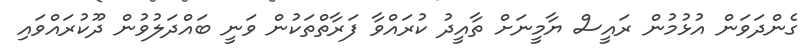
ގެންދަވަން އުޅުމުން ރައީސް ޔާމީނަށް ތާއީދު ކުރައްވާ ފަރާތްތަކުން ވަނީ ބައްދަލުވުން ދޫކުރައްވައި